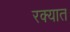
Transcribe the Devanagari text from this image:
रक्यात